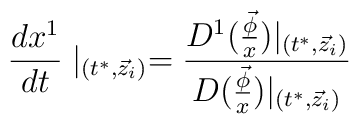
\frac{dx^1}{dt}\mid _{(t^{*},\vec z_i)}=\frac{D^1(\frac{\vec \phi }x)|_{(t^{*},\vec z_i)}}{D(\frac{\vec \phi }x)|_{(t^{*},\vec z_i)}}